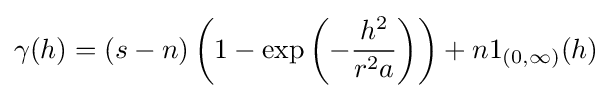
\gamma (h)=(s-n)\left(1-\exp \left(-{\frac {h^{2}}{r^{2}a}}\right)\right)+n1_{(0,\infty )}(h)